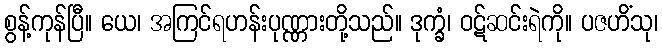
စွန့်ကုန်ပြီ။ ယေ၊ အကြင်ရဟန်းပုဏ္ဏားတို့သည်။ ဒုက္ခံ၊ ဝဋ်ဆင်းရဲကို။ ပဇဟိံသု၊